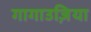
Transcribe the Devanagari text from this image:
गागाउज़िया